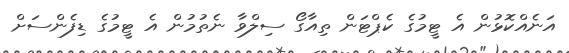
އަނެއްކޮޅުން އެ ޓީމުގެ ކެޕްޓަން ތިއާގޯ ސިލްވާ ނެތުމުން އެ ޓީމުގެ ޑިފެންސަށް